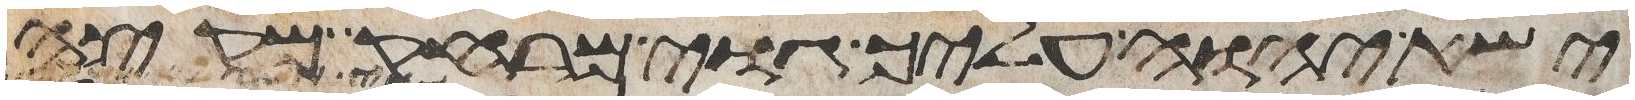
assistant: ישא יהוה עליך גוי מרחק מקצה